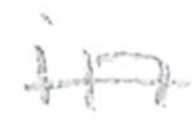
Text: in
Cross-out: single-line
Writing tool: pencil